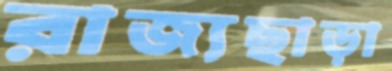
রাজ্যছাড়া